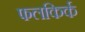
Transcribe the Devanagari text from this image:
फलकिर्क